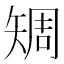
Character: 𥏨